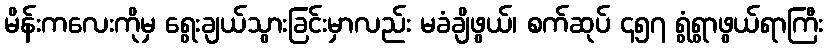
မိန်းကလေးကိုမှ ရွေးချယ်သွားခြင်းမှာလည်း မခံချိဖွယ်၊ စက်ဆုပ် ၄၅၇ ရွံရွာဖွယ်ရာကြီး